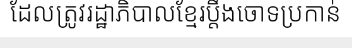
ដែលត្រូវរដ្ឋាភិបាលខ្មែរប្តឹងចោទប្រកាន់